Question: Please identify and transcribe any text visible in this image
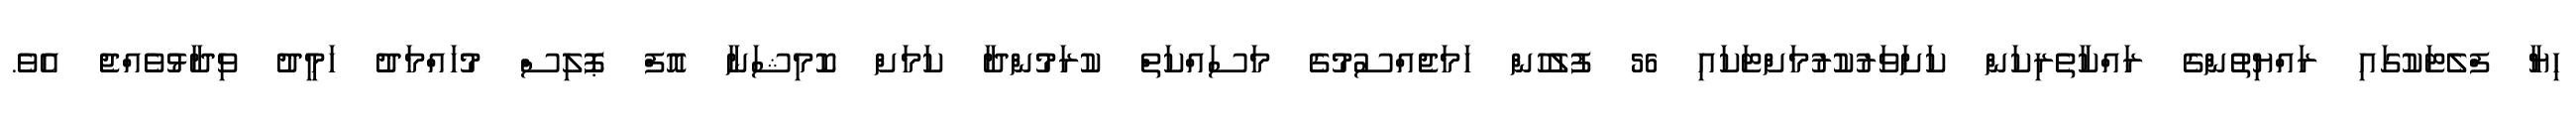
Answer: ހިޔާ ފްލެޓަކުގައި ރައްޔިތުންގެ ރައްކާތެރިކަން ކަށަވަރުކުރުމަށްޓަކައި 56 ފުލުހުން ހަމަޖެއްސުމުގެ މަސައްކަތް ކުރަމުންދާ ކަމަށް ކޮމިޝަނާ އޮފް ޕޮލިސް މުހައްމަދު ހަމީދު ވިދާޅުވެއްޖެ އެވެ.